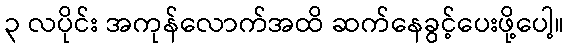
၃ လပိုင်း အကုန်လောက်အထိ ဆက်နေခွင့်ပေးဖို့ပေါ့။